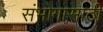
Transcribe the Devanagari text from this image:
संभोगासाठी